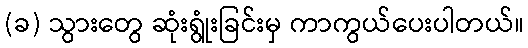
(ခ) သွားတွေ ဆုံးရွုံးခြင်းမှ ကာကွယ်ပေးပါတယ်။